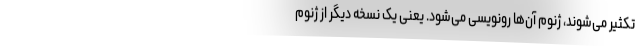
تکثیر می‌شوند، ژنوم آن‌ها رونویسی می‌شود. یعنی یک نسخه دیگر از ژنوم